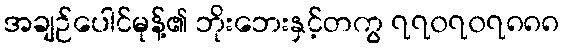
အချဉ်ပေါင်မုန့်၏ ဘိုးဘေးနှင့်တကွ ၇၇၀၇၀၇၈၈၈